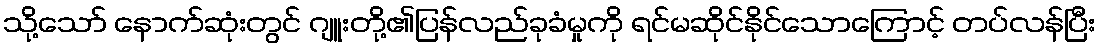
သို့သော် နောက်ဆုံးတွင် ဂျူးတို့၏ပြန်လည်ခုခံမှုကို ရင်မဆိုင်နိုင်သောကြောင့် တပ်လန်ပြီး